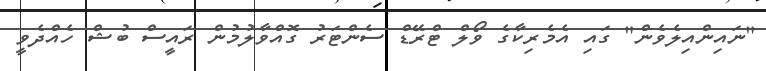
"ނައިންއިލެވެން" ގައި އެމެރިކާގެ ވޯލް ޓްރޭޑް ސެންޓަރު ގޮއްވާލުމުން ރައީސް ބުޝް ހެއްދެވީ